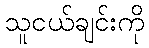
သူငယ်ချင်းကို